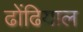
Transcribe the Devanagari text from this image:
ढोंढियाल